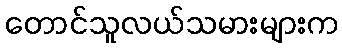
တောင်သူလယ်သမားများက